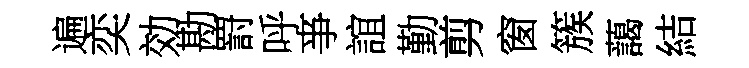
遍奕効勘罸呼亊誼勤剪窗簇藹結